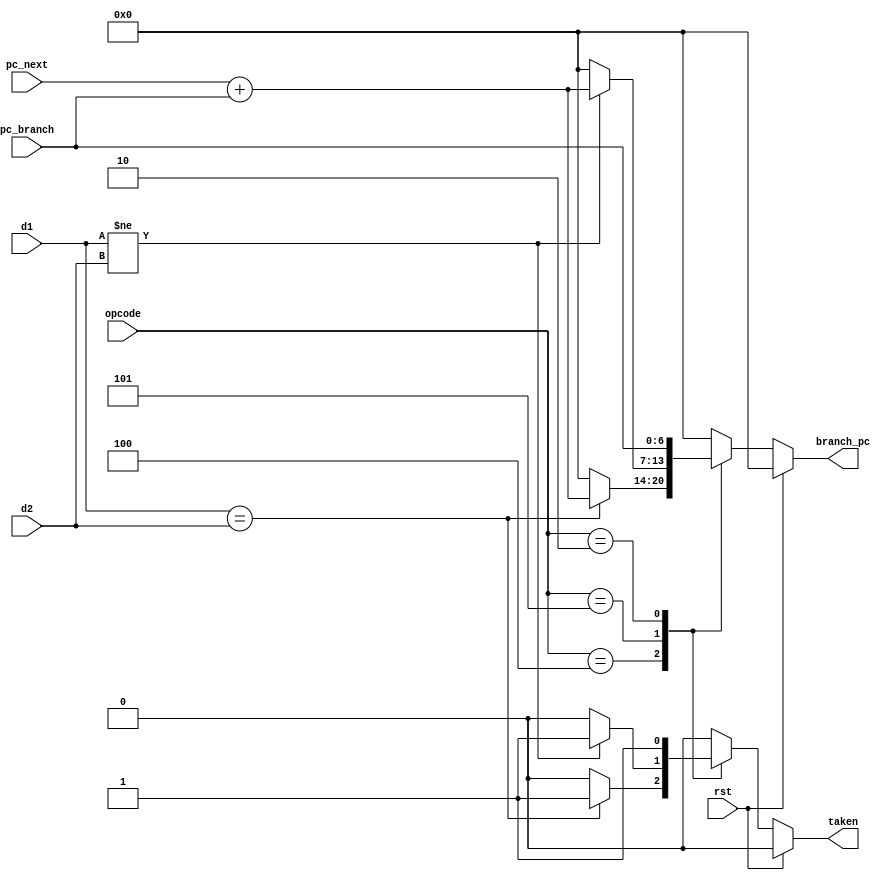
`timescale 1ns / 1ps

module branch_sum  #(parameter PC_WIDE = 7)(
    input rst,
	 input [5:0]opcode,
	 input [31:0] d1,
	 input [31:0] d2,
	 input [PC_WIDE - 1:0] pc_next,
    input [6:0] pc_branch,
	 output reg taken,
    output reg [PC_WIDE - 1:0] branch_pc
    );
	 
	localparam BEQ = 6'b000100;
	localparam BNE = 6'b000101;
	localparam JUMP = 6'b000010;
	
	always @(*) begin
		if (rst == 1) begin
			branch_pc <= 0;
			taken <= 0;
		end
		else begin
			case(opcode)
				BEQ: begin
							if(d1 == d2) begin
								branch_pc <= pc_next + pc_branch[PC_WIDE - 1:0];
								taken <= 1;
							end
							else begin
								taken <= 0;
								branch_pc <= 0;
							end
						end
				BNE: begin
							if(d1 != d2) begin
								branch_pc <= pc_next + pc_branch[PC_WIDE - 1:0];
								taken <= 1;
							end
							else begin
								taken <= 0;
								branch_pc <= 0;
							end
						end
				JUMP: begin
							branch_pc <= pc_branch;
							taken <= 1;
						end
				default: begin
								branch_pc <= 0;
								taken <= 0;
						end
			endcase
		end
	end
	
endmodule